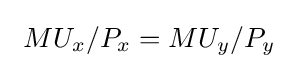
\ MU_{x}/P_{x}=MU_{y}/P_{y}